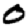
Digit: 0